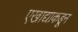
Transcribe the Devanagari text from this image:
एखाद्याकडून